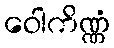
ဝေါကိဏ္ဏံ